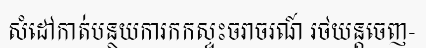
សំដៅកាត់បន្ថយការកកស្ទះចរាចរណ៍ រថយន្តចេញ-